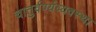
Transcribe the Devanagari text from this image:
चातुर्वर्ण्यव्यवस्था